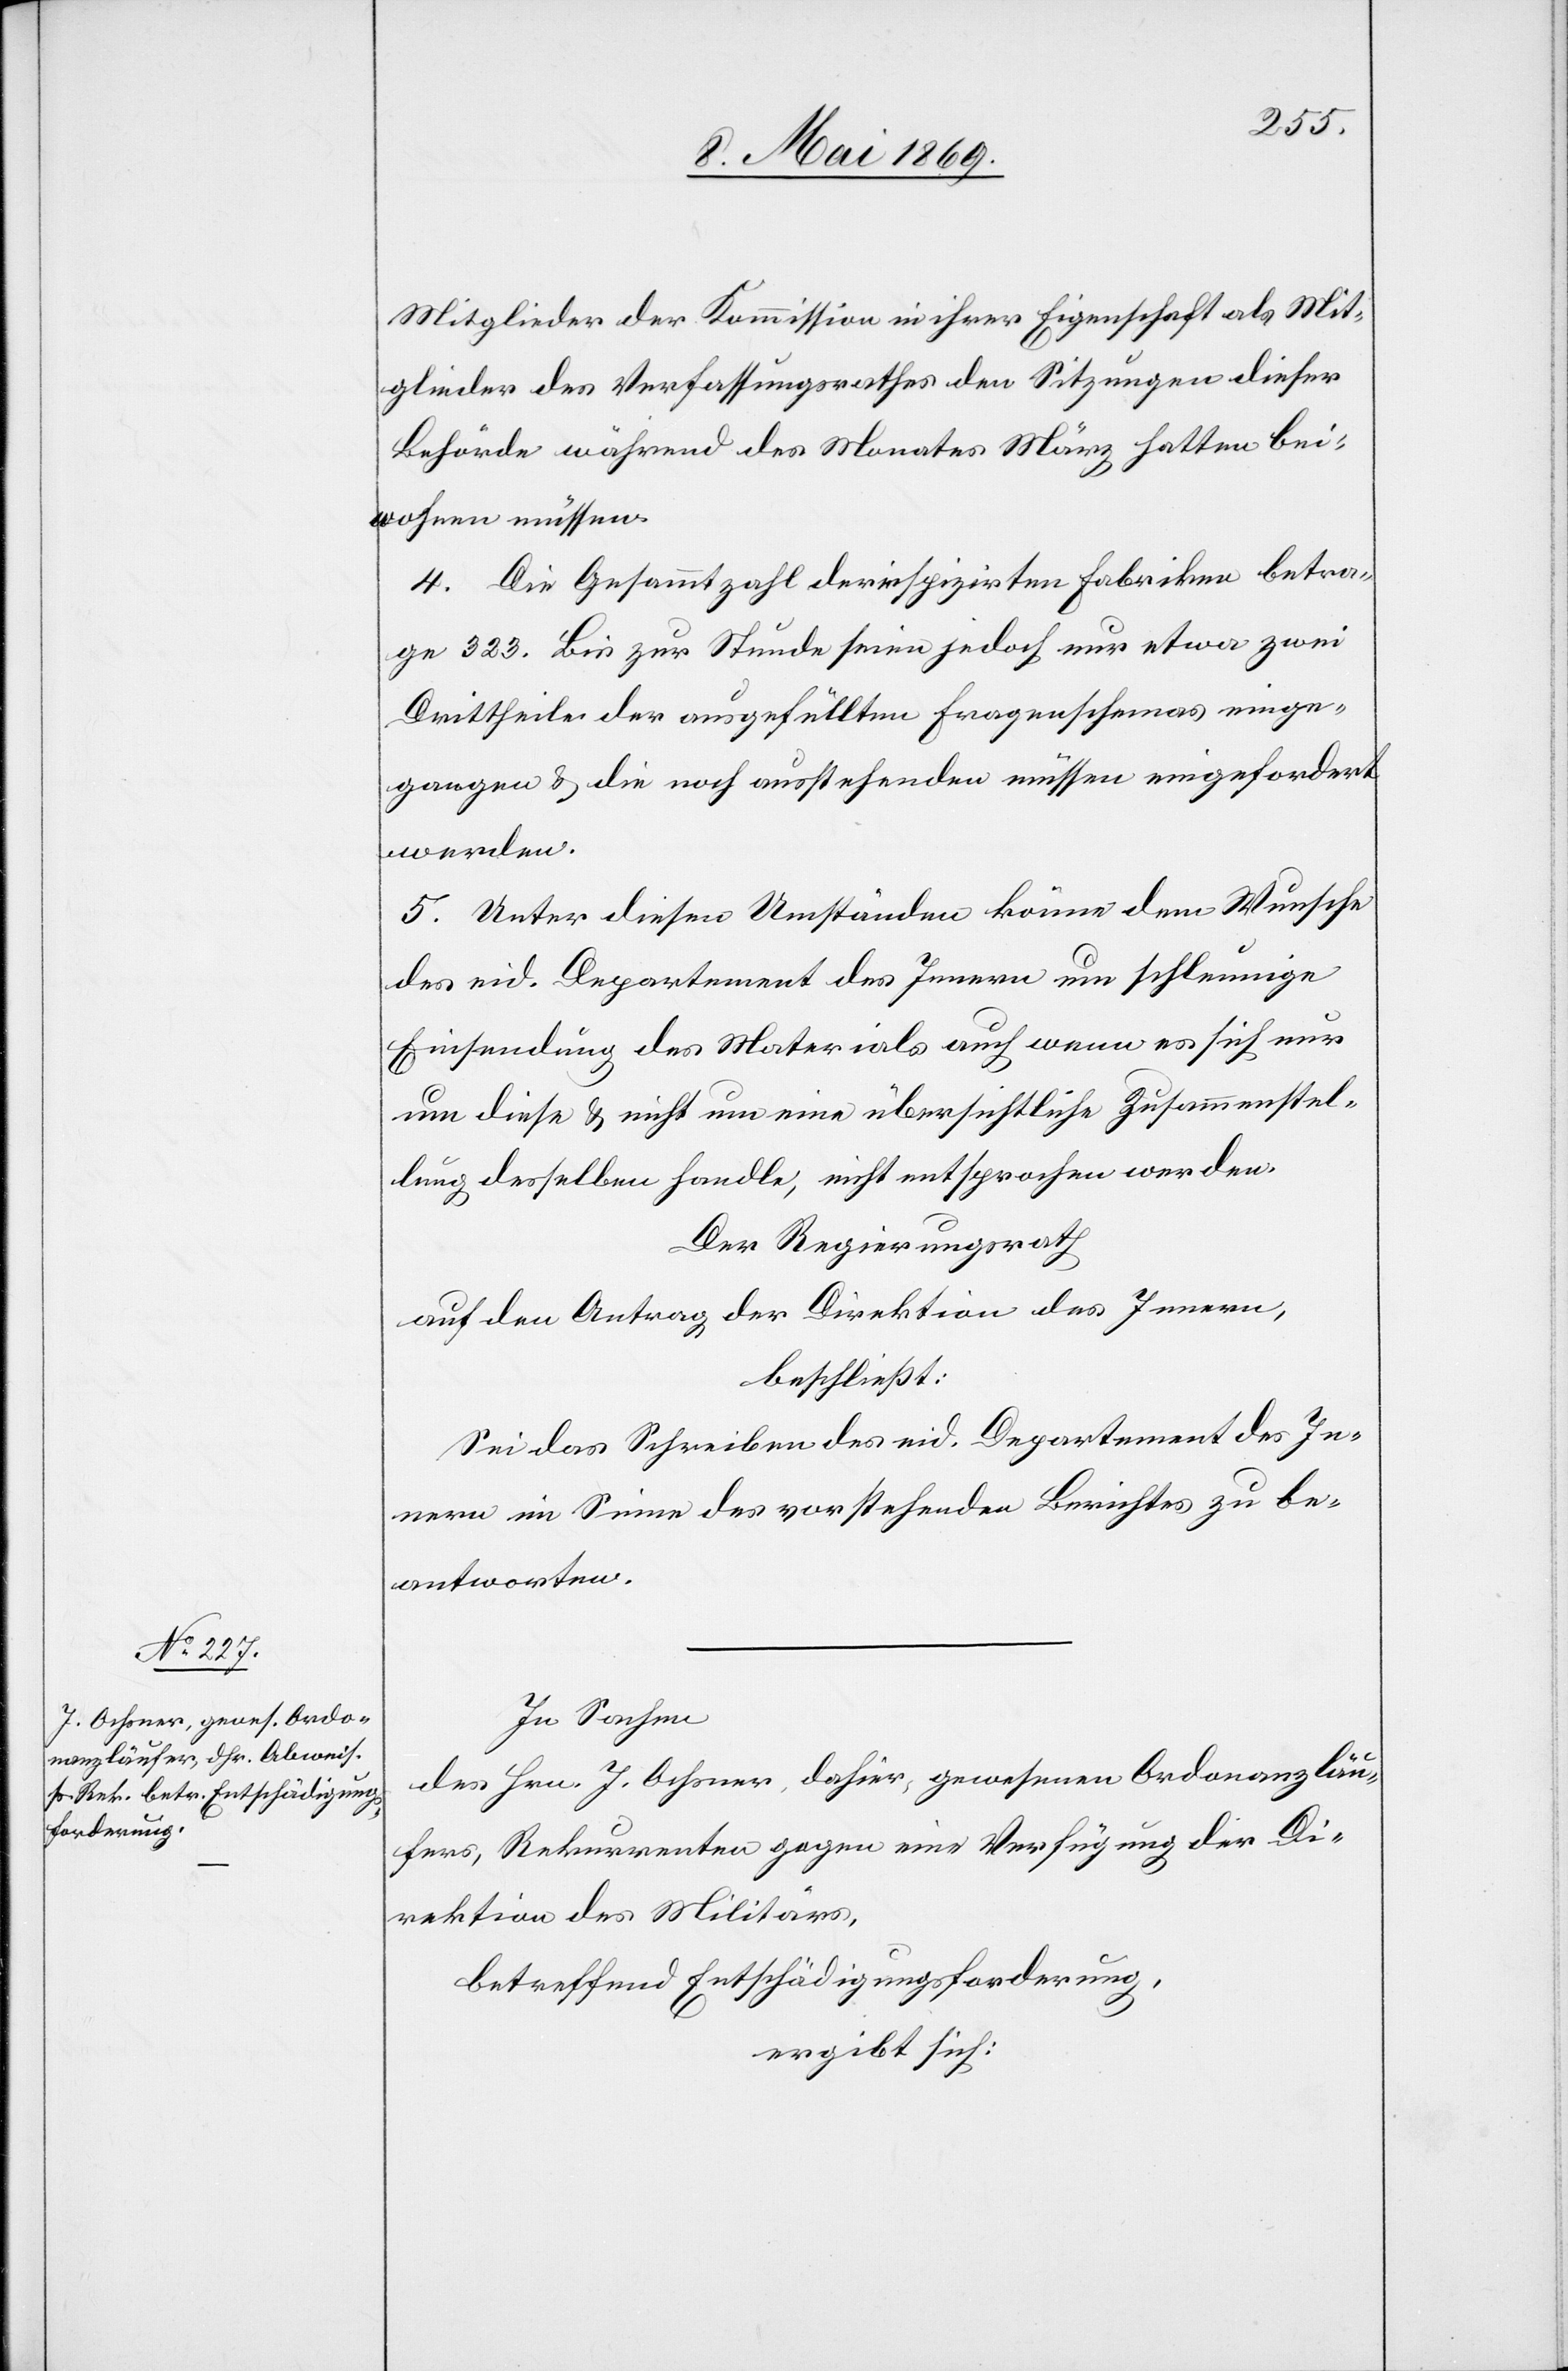
Mitglieder der Kommission in ihrer Eigenschaft als Mit¬
glieder des Verfassungsrathes den Sitzungen dieser
Behörde während des Monates März hatten bei¬
wohnen müssen.
4. Die Gesammtzahl der inspizirten Fabriken betra¬
ge 323. Bis zur Stunde seien jedoch nur etwa zwei
Drittheile der ausgefüllten Fragenschemas einge¬
gangen u. die noch ausstehenden müssen eingefordert
werden.
5. Unter diesen Umständen könne dem Wunsche
des eid. Departement des Innern um schleunige
Einsendung des Materials auch wenn es sich nur
um diese u. nicht um eine übersichtliche Zusammenstel¬
lung desselben handelt, nicht entsprochen werden
Der Regierungsrath
auf den Antrag der Direktion des Innern,
beschließt:
Sei das Schreiben des eid. Departement des In¬
nern im Sinne des vorstehenden Berichtes zu be¬
antworten.
In Sachen
des Hrn. J. Ochsner, dahier, gewesenen Ordonanzläu¬
fers, Rekurrenten gegen eine Verfügung der Di¬
rektion des Militärs,
betreffend Entschädigungsforderung,
ergibt sich: